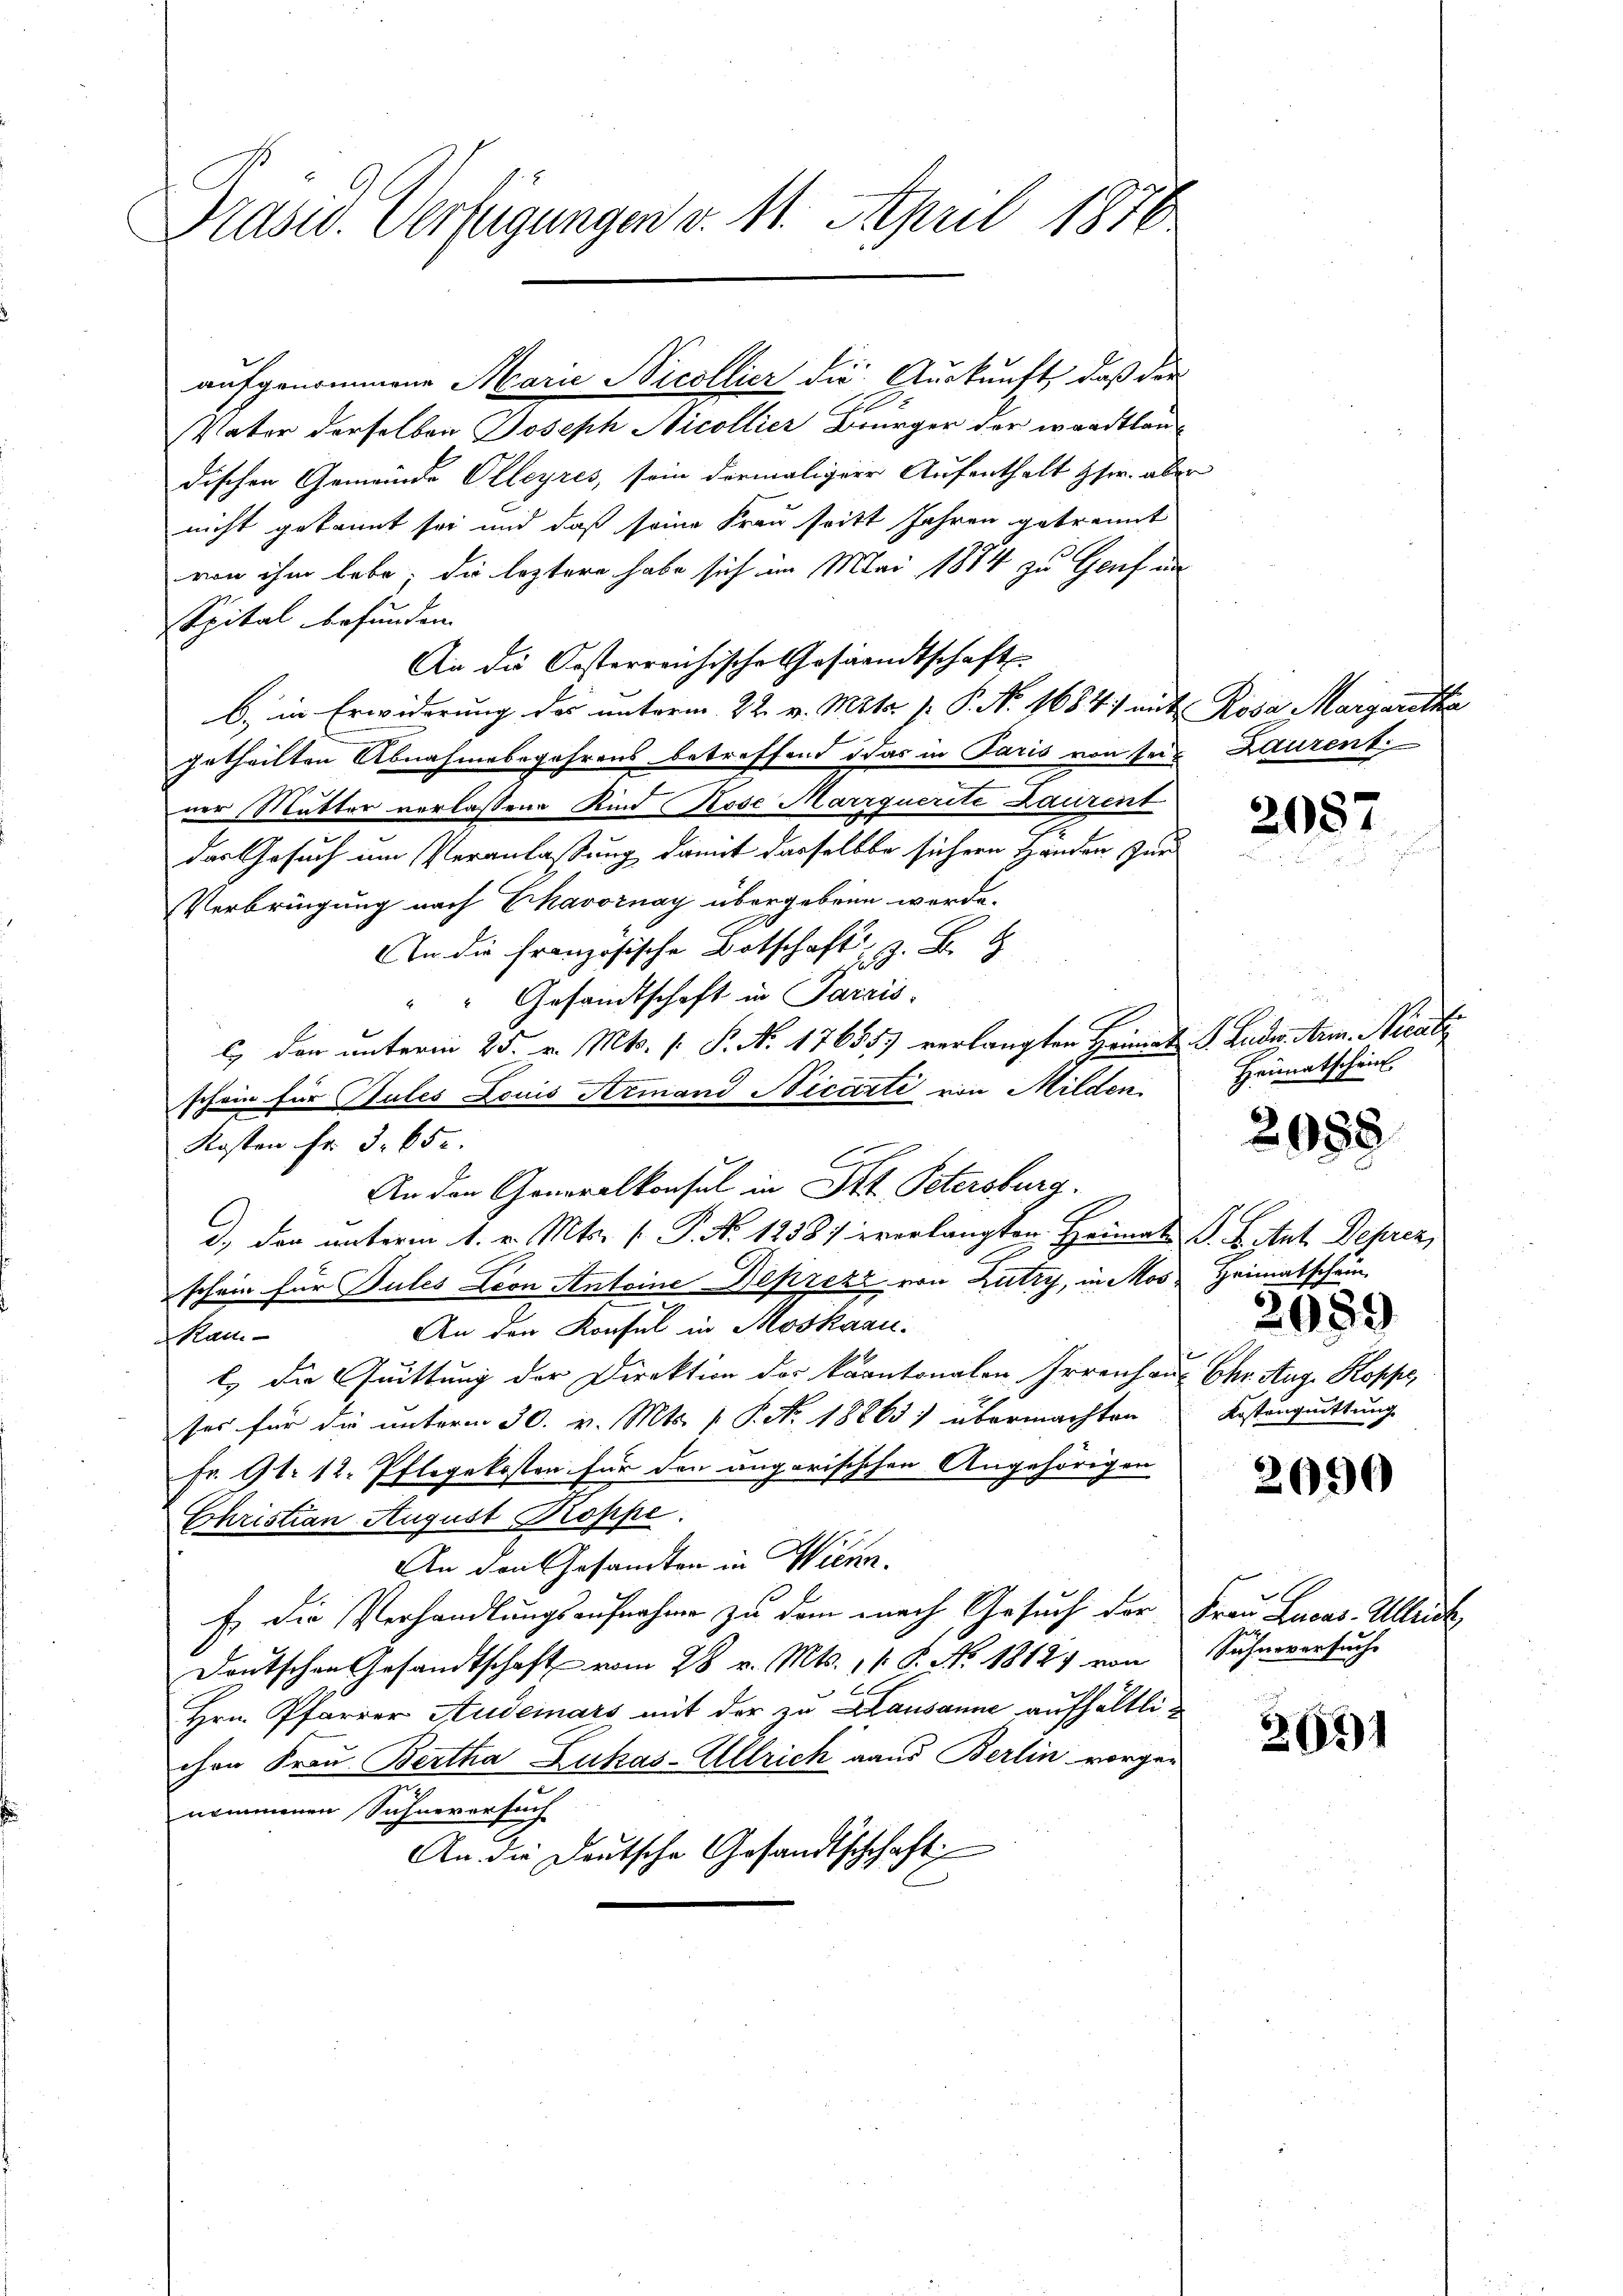
Präsid. Verfügungen v. 11. April 1870

aufgenommene Marie Nicollier die Auskunft, daß der
Vater derselben Joseph Nicollier Bürger der waadtlan
dischen Gemeinde Olleyres, sein dermaliger Aufenthalt Hr. abe
nicht gekannt sei und daß seine Frau tritt Jahren getrennt
von ihm habe; die leztere habe sich im Mai 1874 zu Genf in
Spital befunden.
An die Kosterreichische Gesandtschaft
b) in Erwiderung des unterm 22. v. Mts. p. P. Nr. 1684) mit Rosa Margaretha
getheilten Abnahmebegehrens betreffend das in Paris von sein Laurenti
ner Mutter verlassene Kind Rose Marrquerite Laurent
das Gesuch um Veranlassung damit dasselbe sichern Händen zur
Verbringung nach Ekavornay übergebene werde.
 die französische Botscha
" " Gesandtschaft in Parais,
c, den unterm 25. v. Mts. s. S. N. 176553 verlangten Heimat u. Luder Arm. Nicati
schein für Stutes Louis Armand Nicarti von Milden
Kosten fr. 3. 650.
An den Generalkonsul in St. Petersburg.
d., der unterm 1. v. Mts. [ P. No 1238) vorlangten Heimats S. B. Ant. Deprez
schein für Pules Leon Antoine Deprezz von Zutry, in Mos, Heimatschein
An den Konsul in Moskann.
Ran
l. die Quittung der Direktion der kantonalen Irrenhaus Chr. Aug. Kopfe,
ses für die unterm 30. v. Mts. p. P. Nr. 18863) übermachten
Fr. 91. 12. Pflegekosten für den angarischehen Angehörigen
Christian August Proppe
Ein den Gesandten in Wienr.
Es die Verhandlungsaufnahme zu dem nach Gesuch der Frau Lucas-Ullrich
Deutschen Gesandtschaft vom 28 v. Mts. 11 S. No. 1812. von
Hrn. Pfarrer Audemars mit der zu Lausanne aufhältlichen Frau Bertha Lukas-Ullrich aus Berlin vorgenommenen Sichneversuch
An die Deutsche Gesandtschchaft

nd

2087

Heimatschein.

20.

i

.

2059
Kostenguittung

2690

Sühneversuche

3031